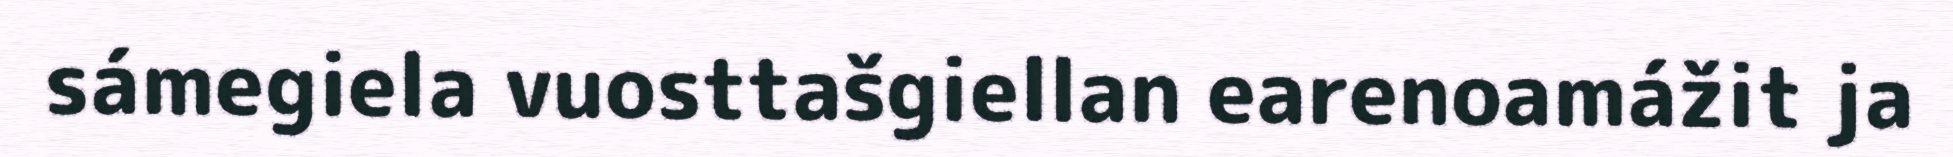
sámegiela vuosttašgiellan earenoamážit ja